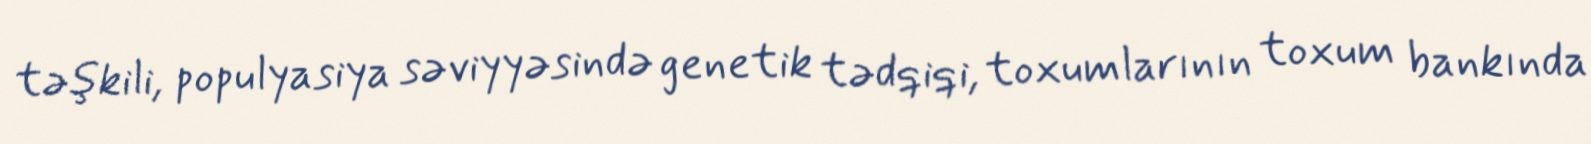
təşkili, populyasiya səviyyəsində genetik tədqiqi, toxumlarının toxum bankında